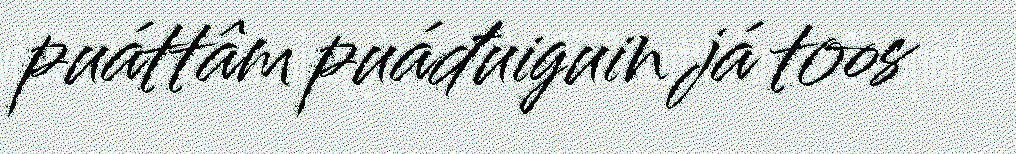
puáttâm puáđuiguin já toos